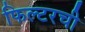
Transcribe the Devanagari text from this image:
फिल्टरची